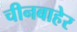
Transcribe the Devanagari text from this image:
चीनबाहेर